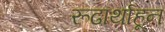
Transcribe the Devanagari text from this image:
रूढार्थाहून